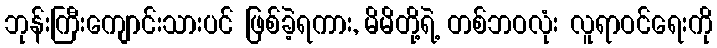
ဘုန်းကြီးကျောင်းသားပင် ဖြစ်ခဲ့ရကား, မိမိတို့ရဲ့ တစ်ဘဝလုံး လူရာဝင်ရေးကို